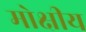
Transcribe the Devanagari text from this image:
मोक्षीय